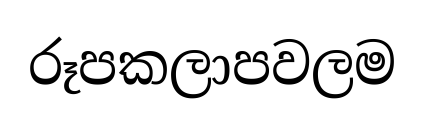
රූපකලාපවලම